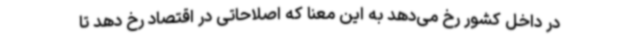
در داخل کشور رخ می‌دهد به این معنا که اصلاحاتی در اقتصاد رخ دهد تا